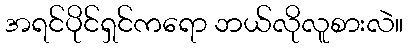
အရင်ပိုင်ရှင်ကရော ဘယ်လိုလူစားလဲ။